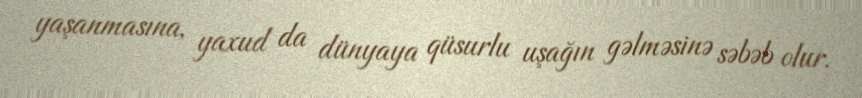
yaşanmasına, yaxud da dünyaya qüsurlu uşağın gəlməsinə səbəb olur.